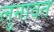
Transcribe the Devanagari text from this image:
लुनावत